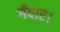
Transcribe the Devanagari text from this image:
गँवार।